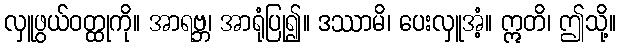
လှူဖွယ်ဝတ္ထုကို။ အာရဗ္ဘ၊ အာရုံပြု၍။ ဒဿာမိ၊ ပေးလှူအံ့။ ဣတိ၊ ဤသို့။